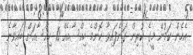
އެހެން ކަމުން މީގެ ކުރިން ގަނެފައިވާ ކޮންމެ ހިއްސާއެއް 10 ހިއްސާއަށް ބައިވާނެ